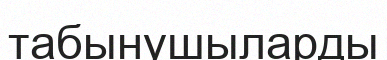
табынушыларды